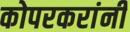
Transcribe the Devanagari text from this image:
कोपरकरांनी